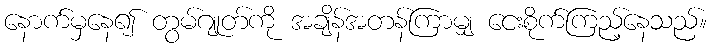
နောက်မှနေ၍ တွမ်ဂျုတ်ကို အချိန်အတန်ကြာမျှ ငေးစိုက်ကြည့်နေသည်။